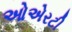
ઓએરટી